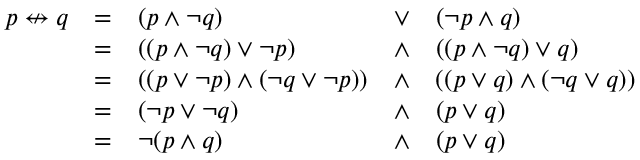
{ \begin{array} { l l l l l } { p \nleftrightarrow q } & { = } & { ( p \land \lnot q ) } & { \lor } & { ( \lnot p \land q ) } \\ & { = } & { ( ( p \land \lnot q ) \lor \lnot p ) } & { \land } & { ( ( p \land \lnot q ) \lor q ) } \\ & { = } & { ( ( p \lor \lnot p ) \land ( \lnot q \lor \lnot p ) ) } & { \land } & { ( ( p \lor q ) \land ( \lnot q \lor q ) ) } \\ & { = } & { ( \lnot p \lor \lnot q ) } & { \land } & { ( p \lor q ) } \\ & { = } & { \lnot ( p \land q ) } & { \land } & { ( p \lor q ) } \end{array} }